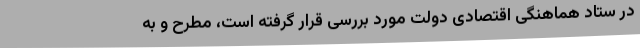
در ستاد هماهنگی اقتصادی دولت مورد بررسی قرار گرفته است، مطرح و به